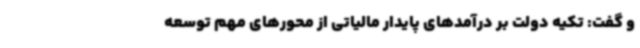
و گفت: تکیه دولت بر درآمدهای پایدار مالیاتی از محورهای مهم توسعه